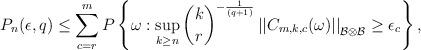
LaTeX: \begin{align*}P_{n}(\epsilon, q)\leq\sum\limits_{c = r}^{m} P\left\{\omega: \sup_{k\geq n} {k\choose r}^{-\frac{1}{(q + 1)}}\left|\left| C_{m, k, c}(\omega)\right|\right|_{{\cal{B}}\otimes{\cal{B}}}\geq\epsilon_{c}\right\}, \end{align*}